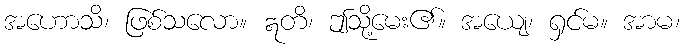
အဟောသိ၊ ဖြစ်သလော။ ဣတိ၊ ဤသို့မေး၏။ အယျေ၊ ရှင်မ။ အာမ၊